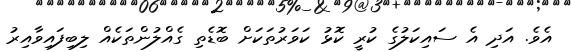
އެވެ. އަދި އެ ސައިކަލުގެ ކުރީ ކޮޅު ކަވަރުތަކަށް ބޮޑެތި ގެއްލުންތަކެއް ލިބިފައިވާއިރު